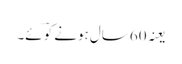
یعنہ 60 سال ہونے کو ؔئے۔